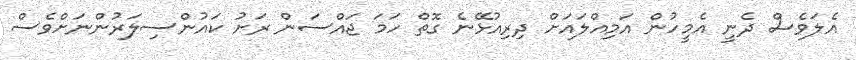
އެލަވެސް ދެނީ އެމީހުން އަމިއްލައަށް ދިރިއުޅޭނެ ގޮތް ހަމަ ޖައްސަން ރަށު ކައުންސިލަރުންނަށްވެސް